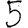
Digit: 5